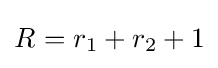
R_{}^{}=r_{1}+r_{2}+1